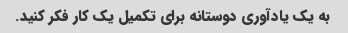
به یک یادآوری دوستانه برای تکمیل یک کار فکر کنید.